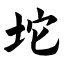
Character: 坨